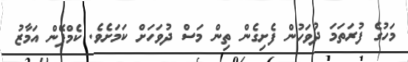
މަހުގެ ފުރަތަމަ ދުވަހުން ފެށިގެން ތިން މަސް ދުވަހަށް ކަމަށެވެ. ކެމްޕޭން އަމާޒު